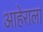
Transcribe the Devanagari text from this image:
आहेराला